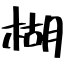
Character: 楜